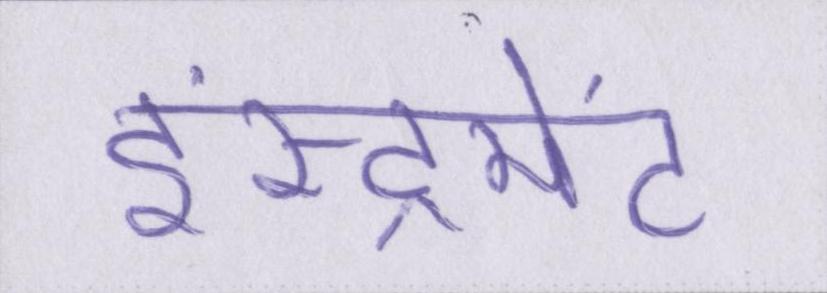
इंस्ट्रूमेंट